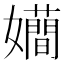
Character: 𭒮